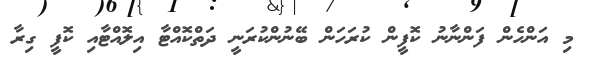
މި އަންހެން ފަންނާނު ކޮފީން ކުރަހަން ބޭނުންކުރަނީ ދަތްކޮއްޓާ އިލޮއްޓާއި ކޮފީ ގިރާ